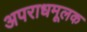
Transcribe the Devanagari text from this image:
अपराधमूलक